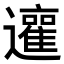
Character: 𨘿